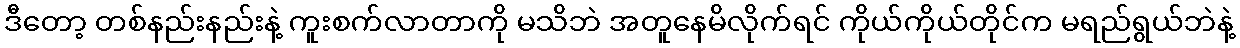
ဒီတော့ တစ်နည်းနည်းနဲ့ ကူးစက်လာတာကို မသိဘဲ အတူနေမိလိုက်ရင် ကိုယ်ကိုယ်တိုင်က မရည်ရွယ်ဘဲနဲ့